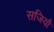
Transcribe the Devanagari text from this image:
सजियौ